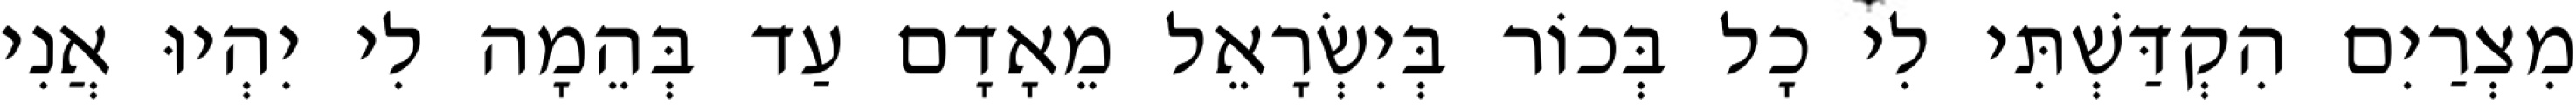
מִצְרַיִם הִקְדַּשְׁתִּי לִי כָל בְּכוֹר בְּיִשְׂרָאֵל מֵאָדָם עַד בְּהֵמָה לִי יִהְיוּ אֲנִי